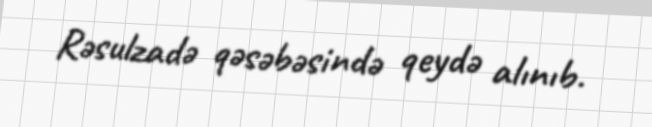
Rəsulzadə qəsəbəsində qeydə alınıb.